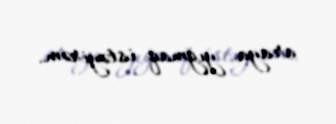
araya yığmaq istəyirəm.